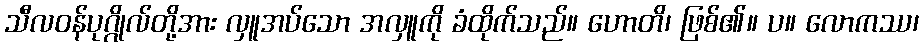
သီလဝန်ပုဂ္ဂိုလ်တို့အား လှူအပ်သော အလှူကို ခံထိုက်သည်။ ဟောတိ၊ ဖြစ်၏။ ပ။ လောကဿ၊